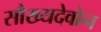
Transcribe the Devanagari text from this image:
सौख्यदेवोन